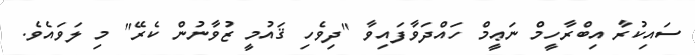
ސައިކުރާ އިބްރާހީމް ނަޢީމް ހައްދަވާފައިވާ "ދިވެހި ޤައުމީ ޒުވާނުން ކެރޭ" މި ލަވައެވެ.